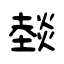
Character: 燅